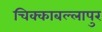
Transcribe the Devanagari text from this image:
चिक्काबल्लापुर